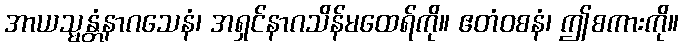
အာယသ္မန္တံနာဂသေနံ၊ အရှင်နာဂသိန်မထေရ်ကို။ ဧတံဝစနံ၊ ဤစကားကို။